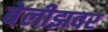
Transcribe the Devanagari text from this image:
बेलीझवर